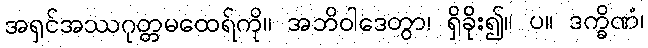
အရှင်အဿဂုတ္တမထေရ်ကို။ အဘိဝါဒေတွာ၊ ရှိခိုး၍။ ပ။ ဒက္ခိဏံ၊